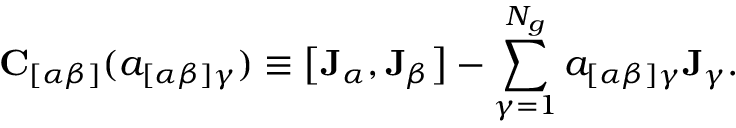
\mathbf { C } _ { [ \alpha \beta ] } ( a _ { [ \alpha \beta ] \gamma } ) \equiv \bigl [ \mathbf { J } _ { \alpha } , \mathbf { J } _ { \beta } \bigr ] - \sum _ { \gamma = 1 } ^ { N _ { g } } a _ { [ \alpha \beta ] \gamma } \mathbf { J } _ { \gamma } .